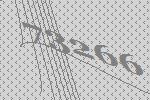
73266